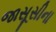
જાસૂસીના